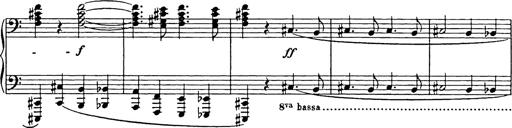
Title: Trauervorspiel und Trauermarsch
Composer: Franz Liszt